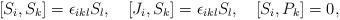
LaTeX: \begin{align*}[S_i,S_k]=\epsilon_{ikl}S_l,\quad [J_i,S_k]=\epsilon_{ikl}S_l,\quad [S_i,P_k]=0,\end{align*}